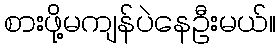
စားဖို့မကျန်ပဲနေဦးမယ်။